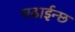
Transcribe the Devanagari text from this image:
चढाईन्छ